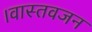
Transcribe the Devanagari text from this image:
।वास्तवजन